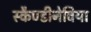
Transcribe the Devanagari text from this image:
स्कैण्डीनेविया